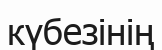
күбезінің